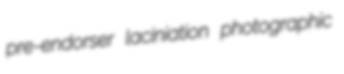
pre-endorser laciniation photographic